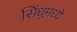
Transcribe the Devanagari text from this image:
सिंधूमध्ये